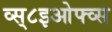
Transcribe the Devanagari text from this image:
व्स्८इओफ्व्स